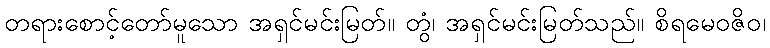
တရားစောင့်တော်မူသော အရှင်မင်းမြတ်။ တွံ၊ အရှင်မင်းမြတ်သည်။ စိရမေဝဇိဝ၊